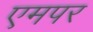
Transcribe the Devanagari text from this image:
एमपर